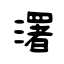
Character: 濖